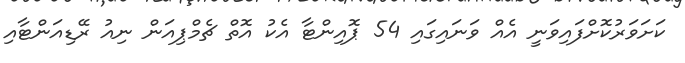
ކަށަވަރުކޮށްފައިވަނީ އެއް ވަނައިގައި 54 ޕޮއިންޓާ އެކު އޮތް ޗެމްޕިއަން ނިއު ރޭޑިއަންޓާއި